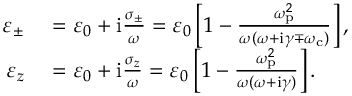
\begin{array} { r l } { \varepsilon _ { \pm } } & { { } = \varepsilon _ { 0 } + \mathrm { i } \frac { \sigma _ { \pm } } { \omega } = \varepsilon _ { 0 } \left[ 1 - \frac { \omega _ { \mathrm { p } } ^ { 2 } } { \omega ( \omega + \mathrm { i } \gamma \mp \omega _ { \mathrm { c } } ) } \right] , } \\ { \varepsilon _ { z } } & { { } = \varepsilon _ { 0 } + \mathrm { i } \frac { \sigma _ { z } } { \omega } = \varepsilon _ { 0 } \left[ 1 - \frac { \omega _ { \mathrm { p } } ^ { 2 } } { \omega ( \omega + \mathrm { i } \gamma ) } \right] . } \end{array}